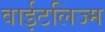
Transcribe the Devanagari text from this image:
वाईटलिज्म